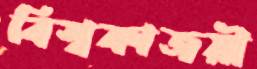
বিশ্বকাজয়ী